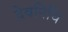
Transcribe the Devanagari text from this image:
देवनिधि